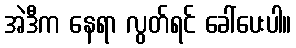
အဲဒီက နေရာ လွတ်ရင် ခေါ်ပေးပါ။